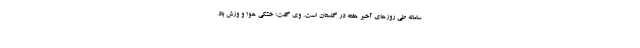
سامانه طی روزهای آخبر هفته در گلستان است. وی گفت: خشکی هوا و وزش باد